Indian journal of veterinary science and animal husbandry - Volumes 15-17, 1948-1951
Year: 1948
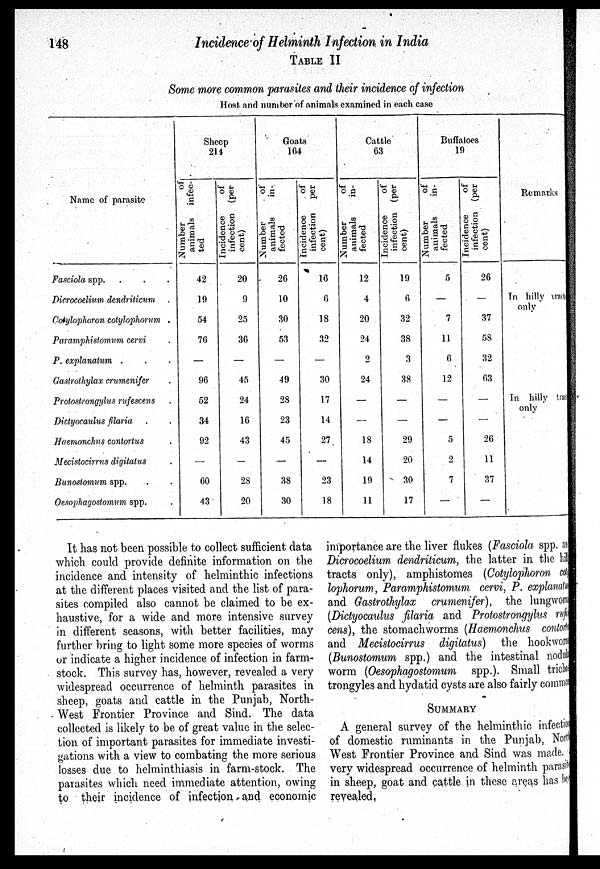
148
Incidence of Helminth Infection in India
TABLE II
Some more common parasites and their incidence of infection
Host and number of animals examined in each case
Name of parasite
Fasciola spp. . . .
Dicrocoelium dendriticum .
Colylophoron cotylophorum .
Paramphistomum cervi .
P. explanatum . . .
Gastrothylax crumenifer .
Protostrongylus rufescens .
Dictyocaulus filaria . .
Haemonchus contortus .
Mecistocirrus digitatus .
Bunostomum spp. . .
Oesophagostomum spp. .
Sheep
214
Number
of
animals infec-
ted
42
19
54
76
—
96
52
34
92
—
60
43
Incidence
of
infection (per
cent)
20
9
25
36
—
45
24
16
43
—
28
20
Goats
164
Number
of
animals
in-
fected
26
10
30
53
—
49
28
23
45
—
38
30
Incidence
of
infection
per
cent)
16
6
18
32
—
30
17
14
27
—
23
18
Cattle
63
Number
of
animals
in-
fected
12
4
20
24
2
24
—
—
18
14
19
11
Incidence
of
infection (per
cent)
19
6
32
38
3
38
—
—
29
20
30
17
Buffaloes
19
Number
of
animals
in-
fected
5
—
7
11
6
12
—
—
5
2
7
—
Incidence
of
infection (per
cent)
26
—
37
58
32
63
—
—
26
11
37
—
Remarks
In hilly tracts
only
In hilly tracts
only
It has not been possible to collect sufficient data
which could provide definite information on the
incidence and intensity of helminthic infections
at the different places visited and the list of para-
sites compiled also cannot be claimed to be ex-
haustive, for a wide and more intensive survey
in different seasons, with better facilities, may
further bring to light some more species of worms
or indicate a higher incidence of infection in farm-
stock. This survey has, however, revealed a very
widespread occurrence of helminth parasites in
sheep, goats and cattle in the Punjab, North-
West Frontier Province and Sind. The data
collected is likely to be of great value in the selec-
tion of important parasites for immediate investi-
gations with a view to combating the more serious
losses due to helminthiasis in farm-stock. The
parasites which need immediate attention, owing
to their incidence of infection and economic
importance are the liver flukes (Fasciola spp. and
Dicrocoelium dendriticum, the latter in the hilly
tracts only), amphistomes (Cotylophoron coty
lophorum, Paramphistomum cervi, P. explanatum
and Gastrothylax crumenifer), the lungworm
(Dictyocaulus filaria and Protostrongylus rufes
cens), the stomachworms (Haemonchus contortus
and Mecistocirrus digitatus) the hookworm
(Bunostomum spp.) and the intestinal nodule
worm (Oesophagostomum spp.). Small trichos
trongyles and hydatid cysts are also fairly common
SUMMARY
A general survey of the helminthic infection
of domestic ruminants in the Punjab, North
West Frontier Province and Sind was made.
very widespread occurrence of helminth parasite
in sheep, goat and cattle in these areas has been
revealed.